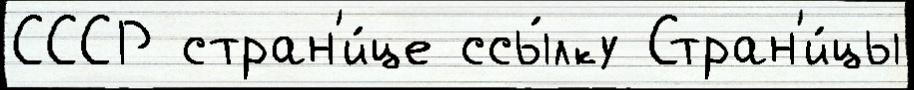
СССР стран'и́це ссы́лку Стран'и́цы